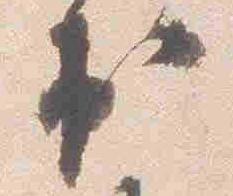
出